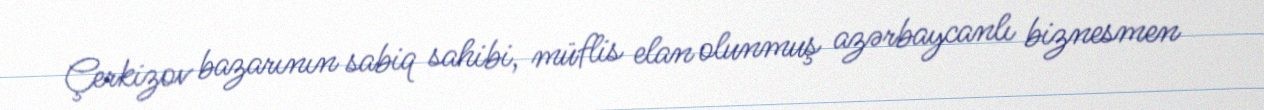
Çerkizov bazarının sabiq sahibi, müflis elan olunmuş azərbaycanlı biznesmen